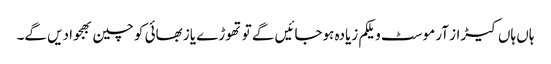
ہاں ہاں کیڑاز آر موسٹ ویلکم زیادہ ہوجائیں گے تو تھوڑے یاز بھائی کو چین بھجوا دیں گے۔